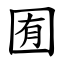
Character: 囿